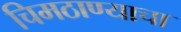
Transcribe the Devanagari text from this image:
चिमठाण्याचा